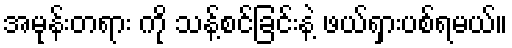
အမုန်းတရား ကို သန့်စင်ခြင်းနဲ့ ဖယ်ရှားပစ်ရမယ်။